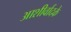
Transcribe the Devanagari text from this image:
आशीर्वादके